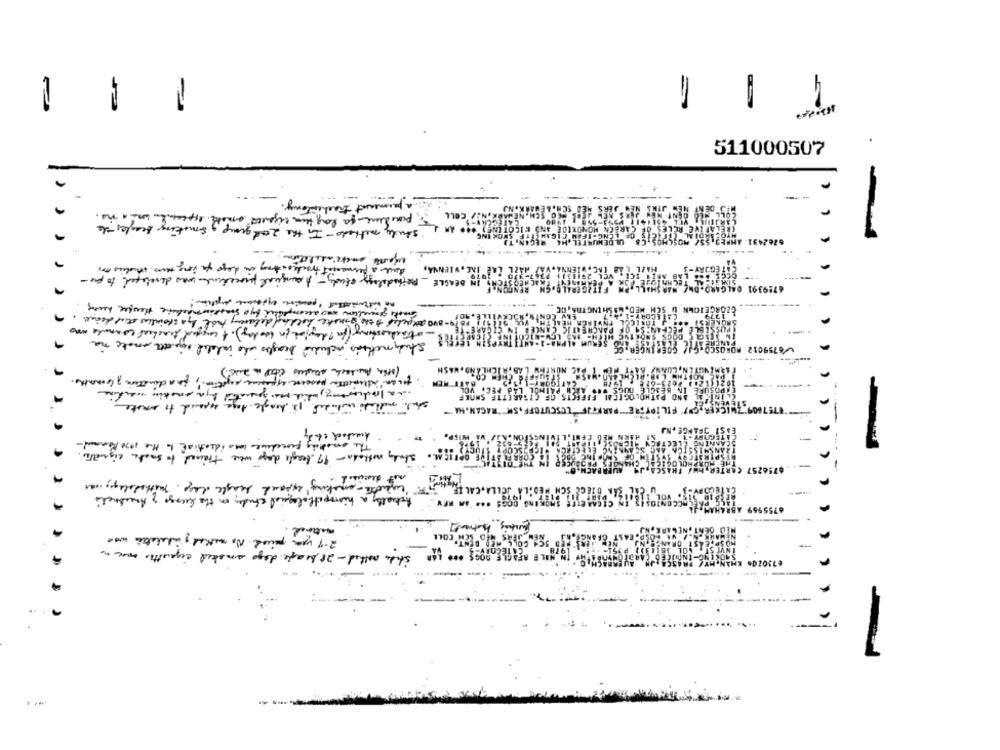
4
511000507
---
meant trachestory.
methods - In the 2and group , smoking the
CELL
07024
Auch a permanent trackostay in days to long term studies in
ZAE INC . VIENNA,
IN BEAGLE_ Methodology study - A angical procedeal was developed to pre-
6719391
miks generation wow accomplished bys suastivemachine theuser deny.
(1): 18 /0-800 attached the ganske holding delaviny hade by a stainless steel deine
- attackeossing (for ? device in today). A cappel tracheal connule was
IN CIGARETTE
Study methods included beagles who undated ris oth make the
V6759012
( other Auntach studies cited in Die.)
FIND. WASH
. the an "allemitte passive experience section ., for a donation & Conathe.
Inta lidiaring, which was generated bya smetin werking
VOL LAD PEC. VOL
CIGARETTE SMOKE
shal molhado cluded. It hoogle tage spand to write
OFF, SM" RAGAN, HA
offereduur was idential to the 1970 formand-
The smoking
M .. study wothers - 19 beagle days were trained to smoke signals.
mit desired
"F"leheth-smaking expand seagle day. methodale, was
Actually a hierpathological chude, on the lungs of Anesanctis
CH'COLL
2-1 you. peccad. No methed indikation was
stade methed - 28 beagle dage smoked raquettes once a